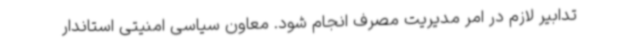
تدابیر لازم در امر مدیریت مصرف انجام شود. معاون سیاسی ‌امنیتی استاندار